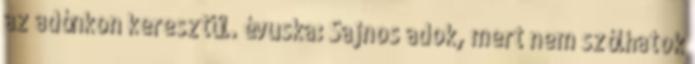
az adónkon keresztül. évuska: Sajnos adok, mert nem szólhatok